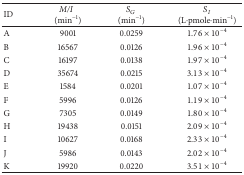
<table><thead><tr><td><b>ID</b></td><td><b><i>M/I</i>(min<sup>−1</sup>)</b></td><td><b><i>S</i><sub><i>G</i></sub>(min<sup>−1</sup>)</b></td><td><b><i>S</i><sub><i>I</i></sub> (L·pmole·min<sup>−1</sup>)</b></td></tr></thead><tbody><tr><td>A</td><td>9001</td><td>0.0259</td><td>1.76 × 10<sup>−4</sup></td></tr><tr><td>B</td><td>16567</td><td>0.0126</td><td>1.96 × 10<sup>−4</sup></td></tr><tr><td>C</td><td>16197</td><td>0.0138</td><td>1.97 × 10<sup>−4</sup></td></tr><tr><td>D</td><td>35674</td><td>0.0215</td><td>3.13 × 10<sup>−4</sup></td></tr><tr><td>E</td><td>1584</td><td>0.0201</td><td>1.07 × 10<sup>−4</sup></td></tr><tr><td>F</td><td>5996</td><td>0.0126</td><td>1.19 × 10<sup>−4</sup></td></tr><tr><td>G</td><td>7305</td><td>0.0149</td><td>1.80 × 10<sup>−4</sup></td></tr><tr><td>H</td><td>19438</td><td>0.0151</td><td>2.09 × 10<sup>−4</sup></td></tr><tr><td>I</td><td>10627</td><td>0.0168</td><td>2.33 × 10<sup>−4</sup></td></tr><tr><td>J</td><td>5986</td><td>0.0143</td><td>2.02 × 10<sup>−4</sup></td></tr><tr><td>K</td><td>19920</td><td>0.0220</td><td>3.51 × 10<sup>−4</sup></td></tr></tbody></table>